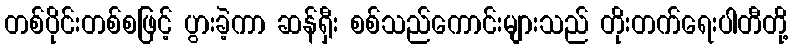
တစ်ပိုင်းတစ်စဖြင့် ပွားခဲ့ကာ ဆန်ရှီး စစ်သည်ကောင်းများသည် တိုးတက်ရေးပါတီတို့